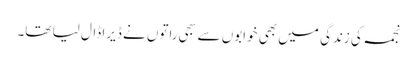
نجمہ کی زندگی میں بھی خوابوں سے سجی راتوں نے ڈیرا ڈال لیا تھا۔